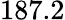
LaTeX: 187.2